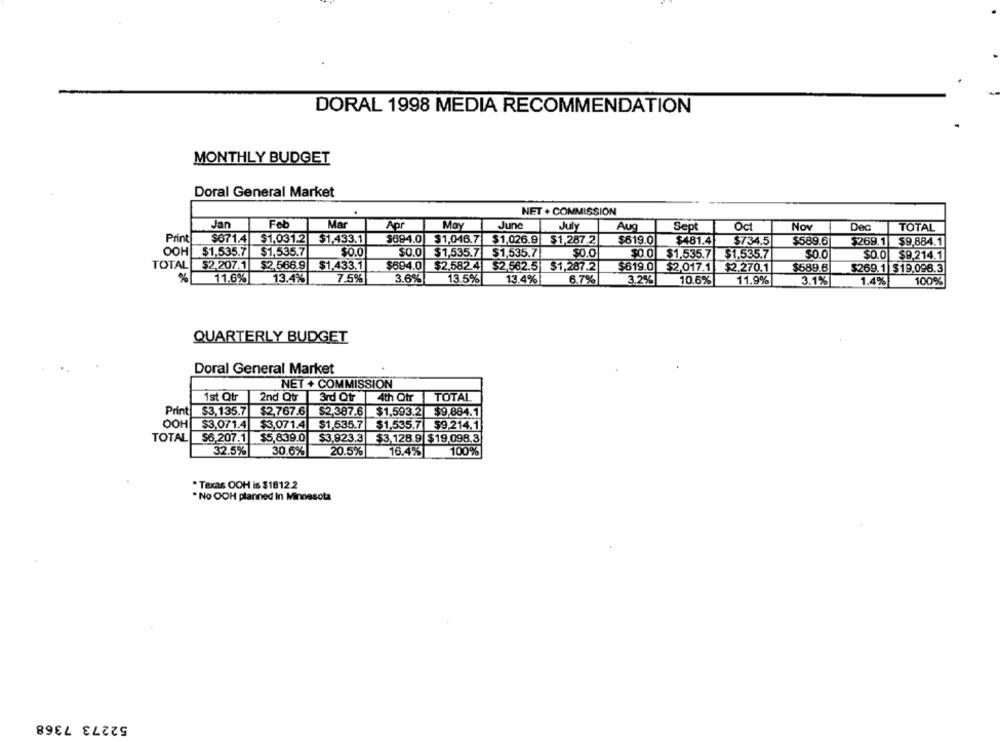
DORAL 1998 MEDIA RECOMMENDATION
MONTHLY BUDGET
Doral General Market
NET + COMMISSION
Feb
Jan
Mar
Apr
May
June
July
Aug
Sept
Oct
Nov
Dec
TOTAL
Print
$671.4
$1.031.2
$1,433.1
$694.0
$1,046.7
$1,026.9
$1,287.2
$619.0
$481.4
$734.5
$589.6
$269.1
$9,884.1
OOH
$1,535.7
$1,535.7
$0.0
$0.0
$1,535.7
$1,535.7
$0.0
$0 0
$1,535.7
$1.535.7
$0.0
$0.0
$9,214.1
TOTAL
$2.207.1
$2.566.9
$1.433.1
$694.0
$2.582.4
$2.562.5| $1,287.2
$619.0
$2,017.1
$2.270.1
$589.8
$269.1 $19.098.3
%
11.6%
13.4%
7.5%
3.6%
13.5%
13.4%
6.7%
3.2%
10.6%
11.9%
3.1%
1.4%
100%
QUARTERLY BUDGET
Doral General Market
NET + COMMISSION
1st Qtr
2nd Qtr
3rd Qtr
4th Qtr
TOTAL
Print
$3,135.7
$2,767.6
$2,387.6
$1,593.2 $9,884.1
OOH
$3.071.4
$1,535.7
$3,071.4
$1,535.7
59.214.1
$6.207.1 $5,839.0
$3,923.3
$3,128.9 $19,098.3
TOTAL
32.5%
30.6%
20.5%
16.4%
100%
. Texas OOH is $1812.2
. No OOH planned in Minnesota
52273 7368